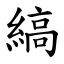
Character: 縞